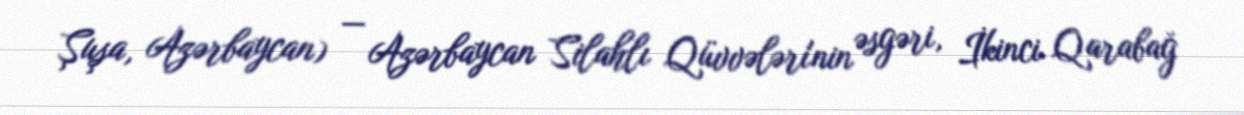
Şuşa, Azərbaycan) — Azərbaycan Silahlı Qüvvələri'nin əsgəri, İkinci Qarabağ